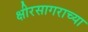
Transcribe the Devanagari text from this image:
क्षीरसागराच्या